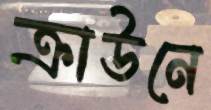
ক্রাউনে